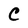
Character: C